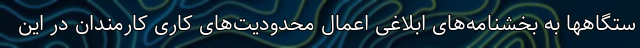
ستگاهها به بخشنامه‌های ابلاغی اعمال محدودیت‌های کاری کارمندان در این